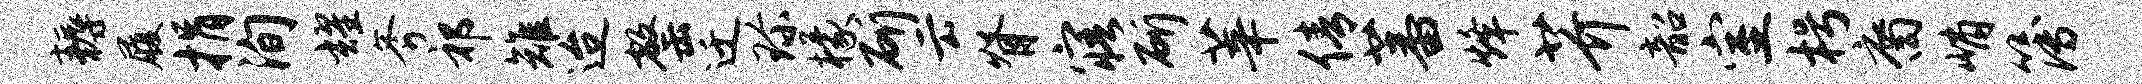
耨履捐洵耀斧祁雉迨罄迁珍檬斫云脊寤斫莘倩蕃烽芥韶室枵裔峭簿